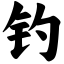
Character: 钓